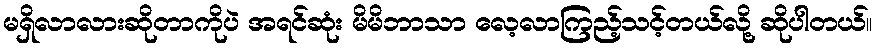
မရှိလာလားဆိုတာကိုပဲ အရင်ဆုံး မိမိဘာသာ လေ့လာကြည့်သင့်တယ်လို့ ဆိုပါတယ်။